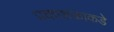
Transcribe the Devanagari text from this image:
प्रकाशकाकडे